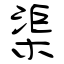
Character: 渠